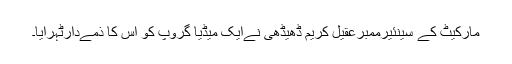
مارکیٹ کے سینئیرممبرعقیل کریم ڈھیڈھی نےایک میڈیا گروپ کو اس کا ذمےدارٹہرایا۔